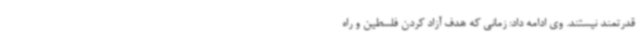
قدرتمند نیستند. وی ادامه داد: زمانی که هدف آزاد کردن فلسطین و راه